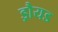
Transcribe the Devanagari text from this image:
ड्रौयड